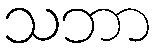
သဘာ